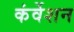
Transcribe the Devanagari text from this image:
कंर्वेशन